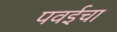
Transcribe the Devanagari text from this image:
पवईचा